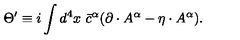
\Theta ^ { \prime } \equiv i \int d ^ { 4 } x \ { \bar { c } } ^ { \alpha } ( \partial \cdot A ^ { \alpha } - \eta \cdot A ^ { \alpha } ) .